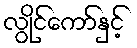
လွိုင်ကော်နှင့်